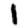
Digit: 1